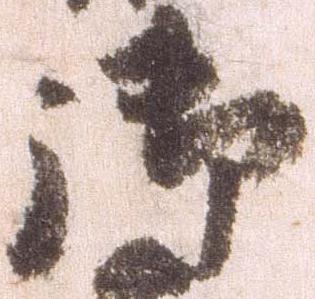
御